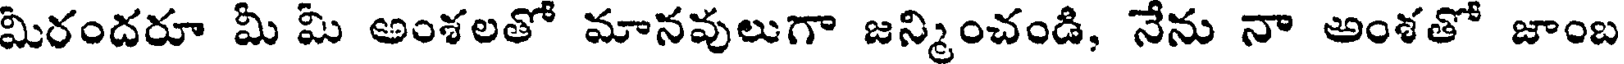
మిరందరూ మీ మీ అంశలతో మానవులుగా జన్మించండి, నేను నా అంశతో జాంబ